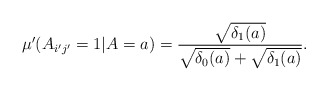
\begin{align*}\mu'(A_{i'j'}=1|A=a)=\frac{\sqrt{\delta_{1}(a)}}{\sqrt{\delta_{0}(a)}+\sqrt{\delta_{1}(a)}}.\end{align*}